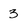
Character: 3